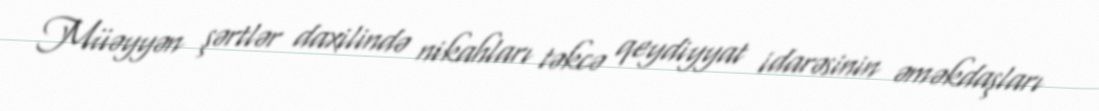
Müəyyən şərtlər daxilində nikahları təkcə qeydiyyat idarəsinin əməkdaşları